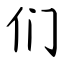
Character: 们